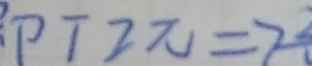
P T 2 \pi = 7